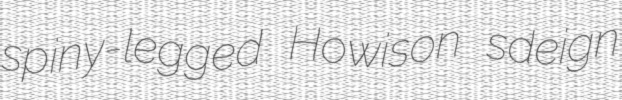
spiny-legged Howison sdeign